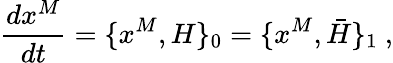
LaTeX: {\frac{dx^{M}}{dt}}=\{ x^{M},H\} _{0}=\{ x^{M},\bar{H}\} _{1}\ ,